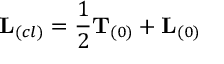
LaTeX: { \bf L } _ { ( c l ) } = \frac { 1 } { 2 } { \bf T } _ { ( 0 ) } + { \bf L } _ { ( 0 ) }